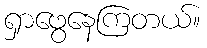
ရှာဖွေနေကြတယ်။